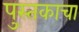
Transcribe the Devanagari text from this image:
पु्स्तकाचा